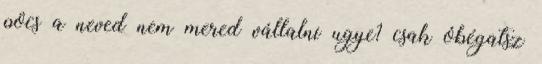
pöcs a neved nem mered vállalni ugye? csak óbégatsz